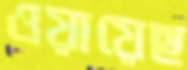
ওয়ায়েছ